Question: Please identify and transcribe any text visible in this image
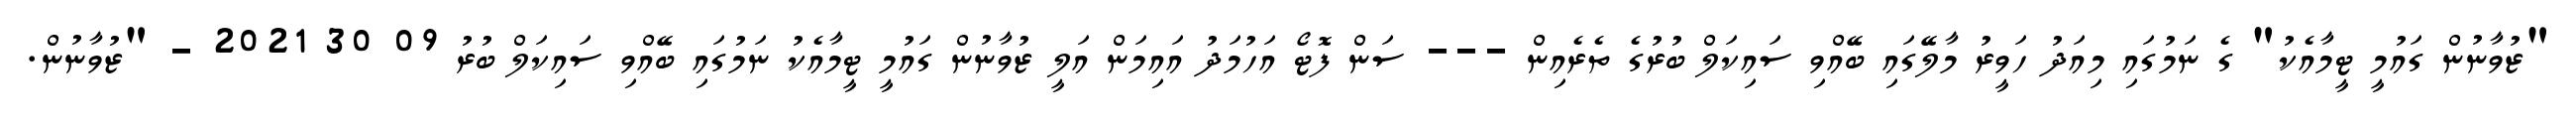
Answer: "ޒުވާނުން ގައުމީ ޓީމާއެކު" ގެ ނަމުގައި މިއަދު ހަވީރު މާލޭގައި ބޭއްވި ސައިކަލް ބުރުގެ ތެރެއިން --- ސަން ފޮޓޯ އަހުމަދު އައިމަން އަލީ ޒުވާނުން ގައުމީ ޓީމާއެކު ނަމުގައި ބޭއްވި ސައިކަލް ބުރު 09 30 2021 - "ޒުވާނުން.